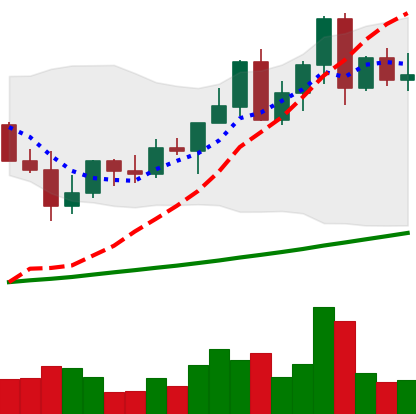
Ticker: LINK-USD
Chart end date: 2021-04-10
Forward return: 34.026%
Label: up_7plus